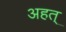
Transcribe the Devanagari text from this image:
अहत्